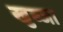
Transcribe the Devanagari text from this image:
खुब्जा